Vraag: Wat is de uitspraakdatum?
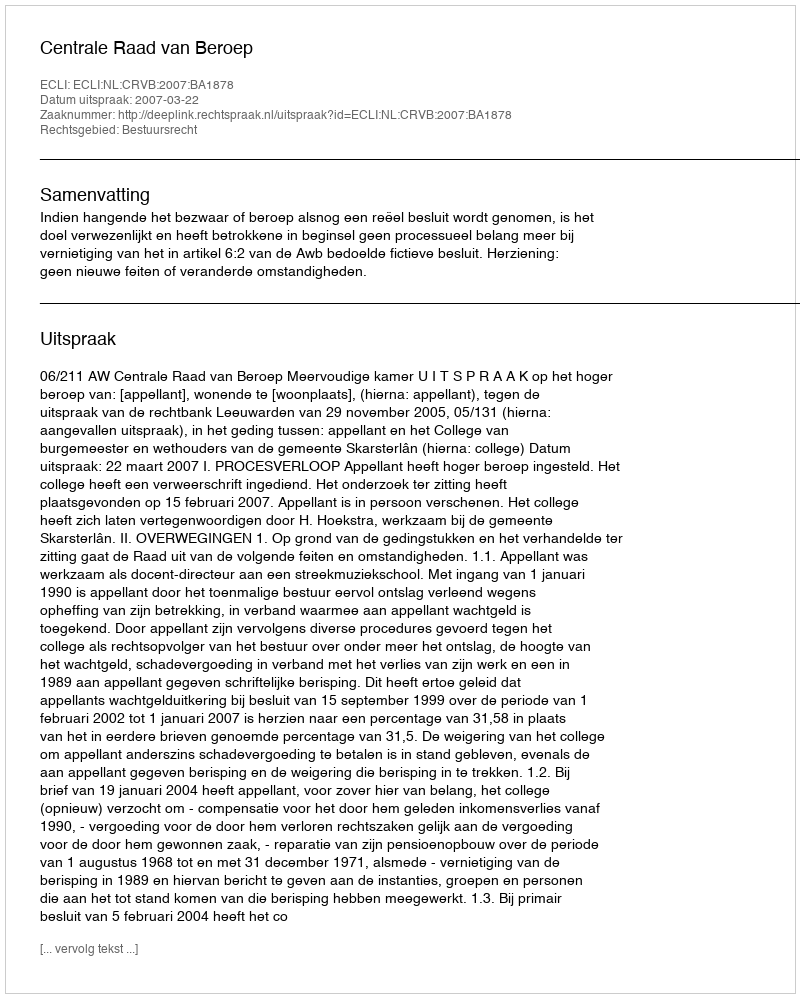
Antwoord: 2007-03-22